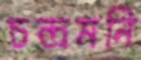
চন্দ্রমনি